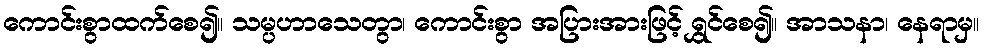
ကောင်းစွာထက်စေ၍။ သမ္ပဟာသေတွာ၊ ကောင်းစွာ အပြားအားဖြင့် ရွှင်စေ၍။ အာသနာ၊ နေရာမှ။